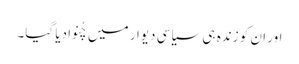
اور ان کو زندہ ہی سیاسی دیوار میں چُنوادیا گیا۔